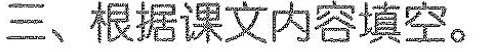
三、根据课文内容填空。